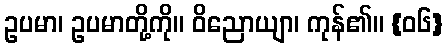
ဥပမာ၊ ဥပမာတို့ကို။ ဝိညောယျာ၊ ကုန်၏။ {၀၆}